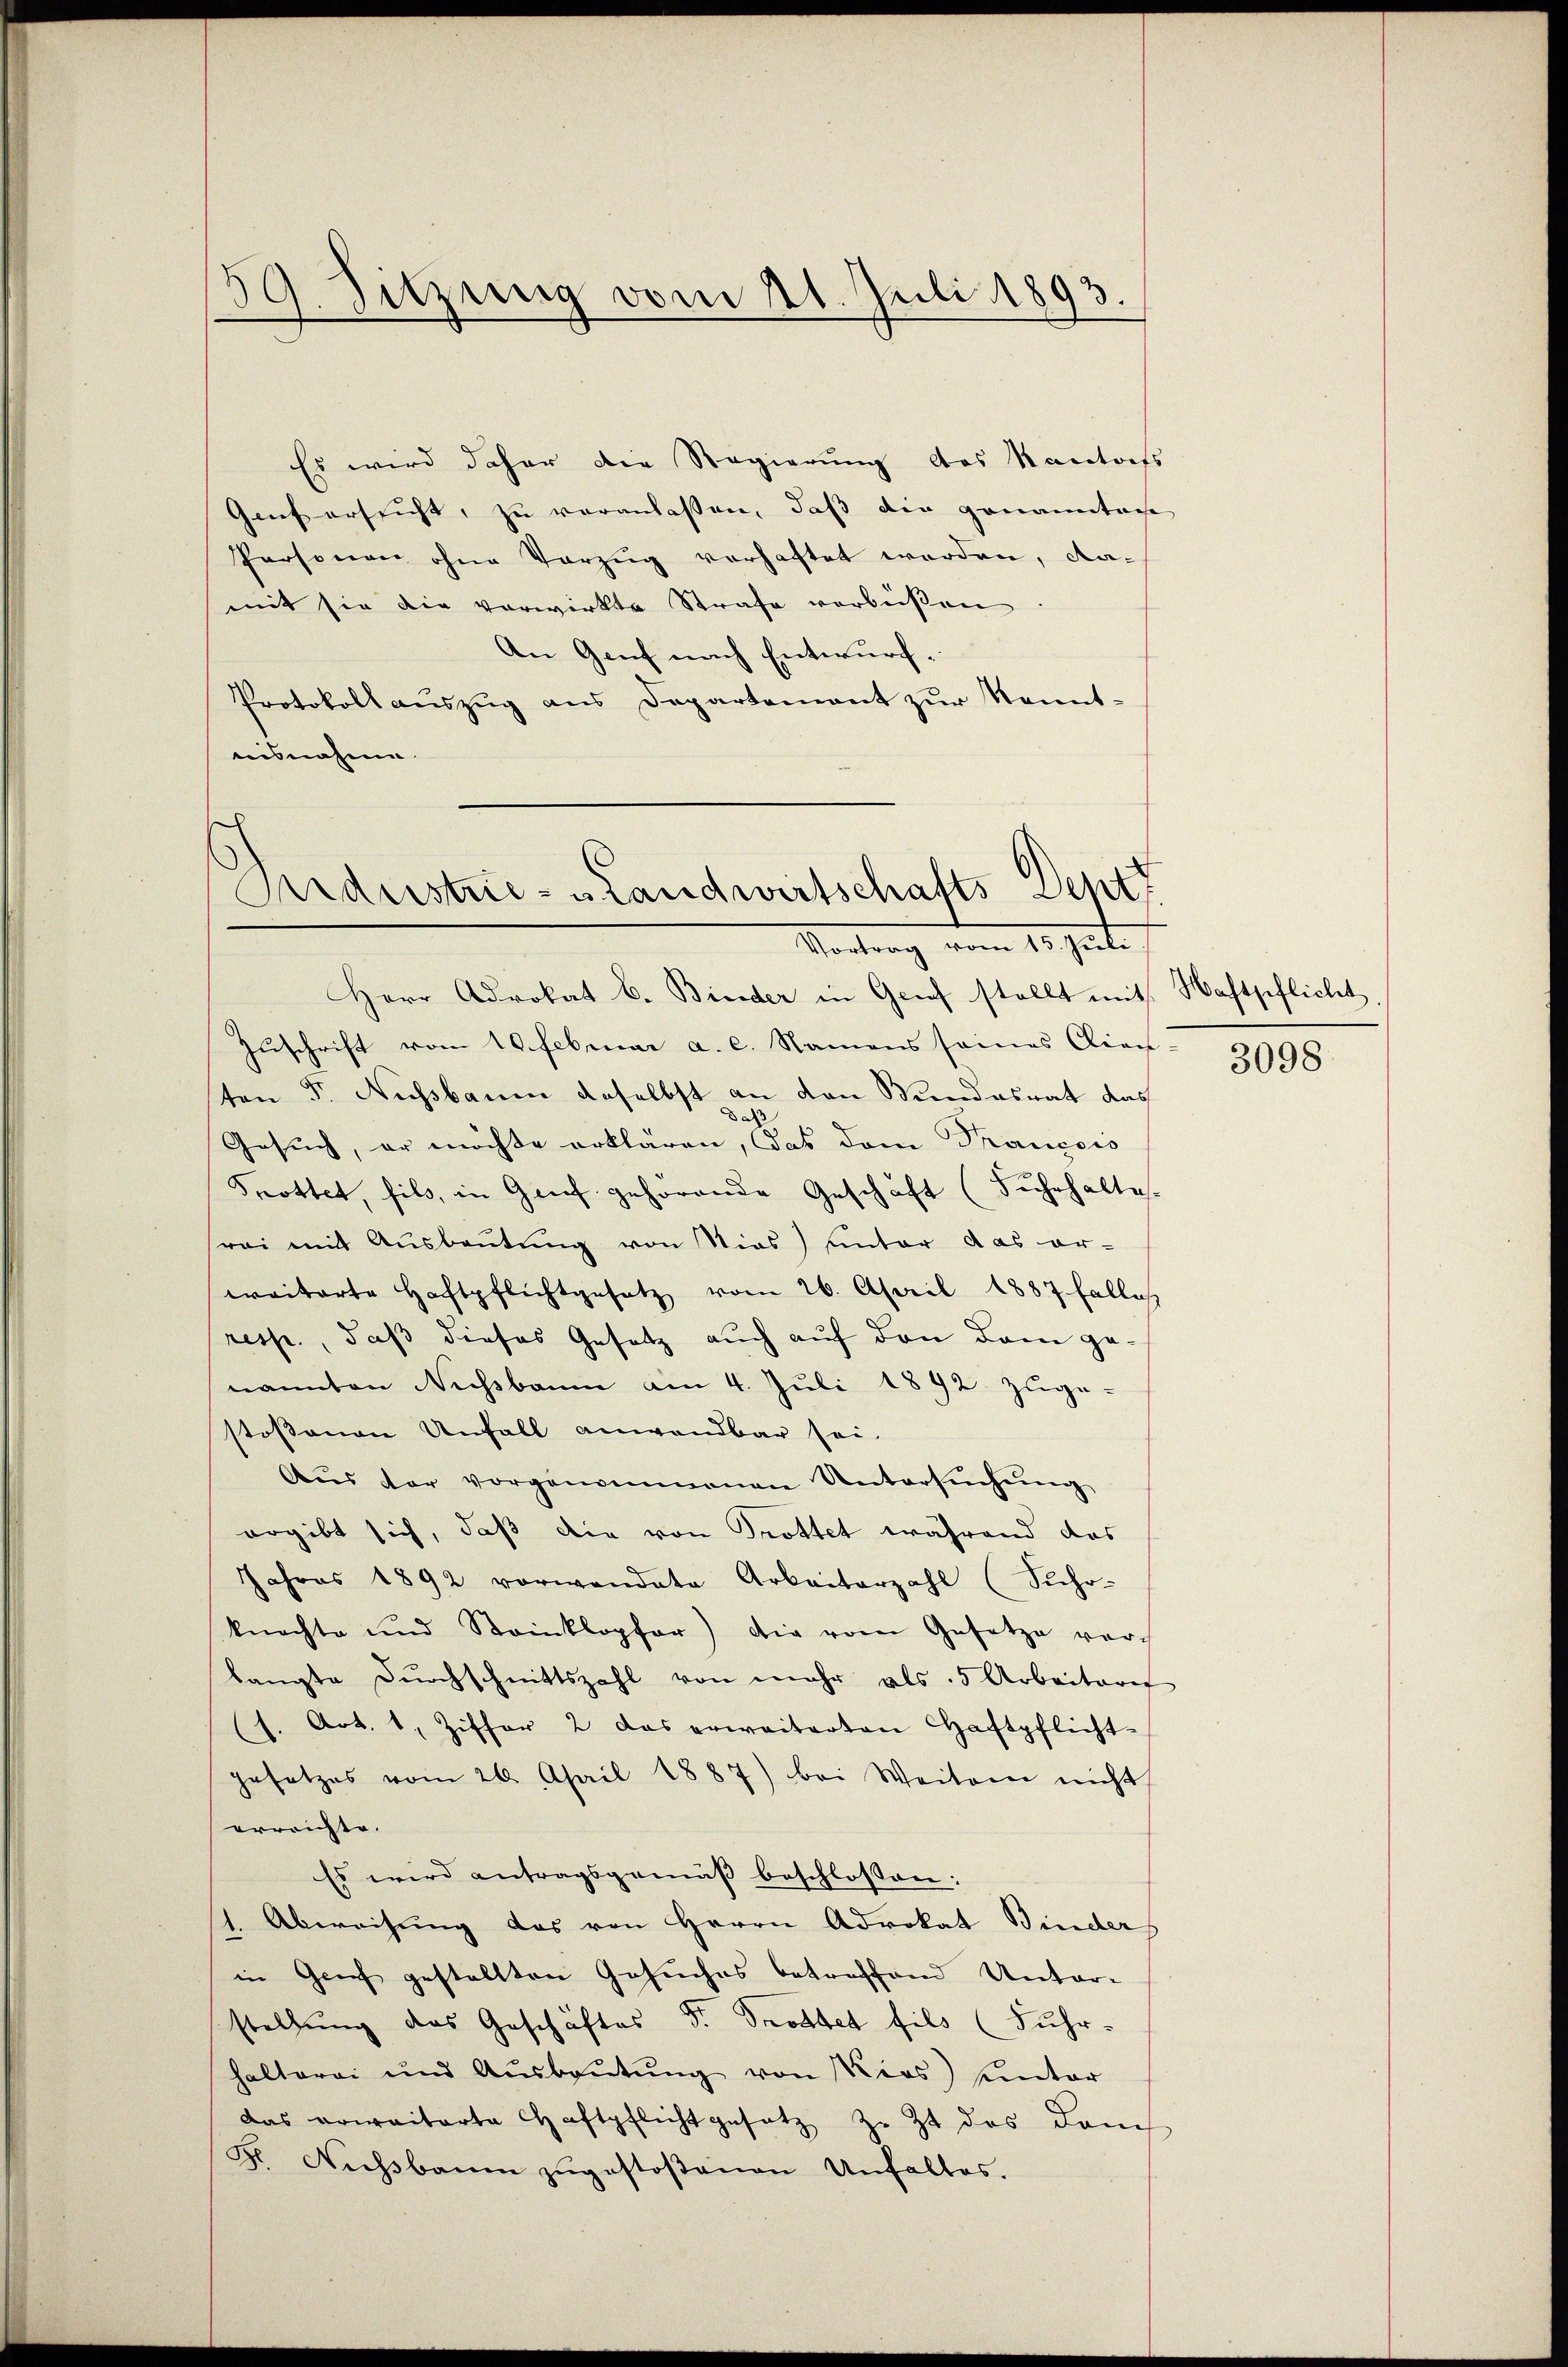
59. Sitzung vom 21. Juli 1893.

Es wird daher die Regierung des Kantofs
Genf ersucht, zu veranlassen, daß die genanntage
Personen ohne Vorzug verhaftet werden, da-
mit sie die verwirkte Strafe verbüßen
An Genf nach Entwurf.
Protokoll auszug aus Departement zur Kenntuisnahme

Ardustrie- & Landwirtschafts Deptt
18. Jet

Herr Advokat v. Binder in Geref stellt mit
Zuschrift vom 10. Februar a. c. Namens sames Clien-
ten Fr. Nußbaum daselbst an den Wundesrat das
da
Gesuch, er möchte erklären, das dem Prancois
Spottet, fils, in Grief gehörende Geschäft (Fuhrhalte
rei mit Ausbeutung von Nies) unter das or-
eraiterte Haftpflichtgesetz vom 26. April 1887 Falles
resp., daß dieses Gesetz auch auf den dann genannten Nichsbaum am 4. Juli 1892 zuge-
stossenen Unfall anwendbar sei.
Aŭs der vorgenommenen Untersŭchŭng
ergibt sich, daß die von Trottet während das
Jahres 1892 vorwandete Arbeiterzahl (Sicho-
knachte und Steinklopfer) die vom Gesetze ver-
langte Dŭrchschnittszahl von mehr als 5 Arbeitere
s. Art. 1, Ziffer 2 das erweiterten Haftpflicht-
gesetzes vom 26. April 1887) bei Weitern nicht
errrichte.
Es wird antragsgemäß beschlossen:
1. Abweisung das von Herrn Advokat Binder
in Grief gestellten Gesuches betreffend Unter-
stellung des Geschäftes Dr. Trottet fils (Fuhr-
halterei und Aŭsbaŭtŭng von Kios unter
das erwaitarte Caftpflicht gesetz z. Zt. des Dom-
F. Nachbarn zŭgestoßenen Unfalles.

Wachtpflicht,
3098